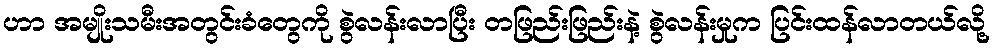
ဟာ အမျိုးသမီးအတွင်းခံတွေကို စွဲလန်းလာပြီး တဖြည်းဖြည်းနဲ့ စွဲလန်းမှုက ပြင်းထန်လာတယ်လို့